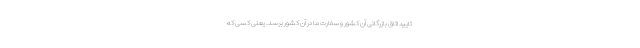
تایید اتاق بازرگانی آن کشور و سفارت ما در آن کشور برسد. یعنی کسی که